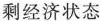
剩经济状态